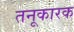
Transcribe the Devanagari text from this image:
तनूकारक